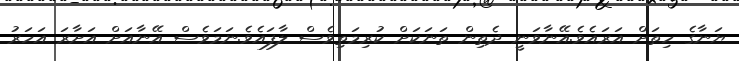
ޔަނާގެ ހިތަށް އަރައެވެ.އޭނާވަނީ ދެތިން ތަނަކަށް ކުރިމަތިވެސް ލާފައެވެ.ނަމަވެސް އޭނާއަށް އަށާރަ އަހަރު